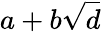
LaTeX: a+b{\sqrt{d}}